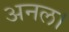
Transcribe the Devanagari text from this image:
अनल।